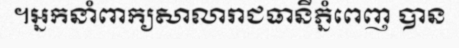
។អ្នកនាំពាក្យសាលារាជធានីភ្នំពេញ បាន